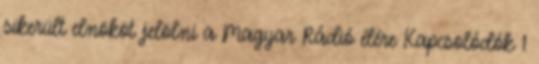
sikerült elnököt jelölni a Magyar Rádió élére Kapcsolódók 1